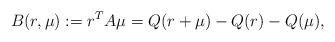
LaTeX: \begin{align*} B({r},\mu) := {r}^T A \mu = Q({r}+\mu)-Q(r)-Q(\mu),\end{align*}